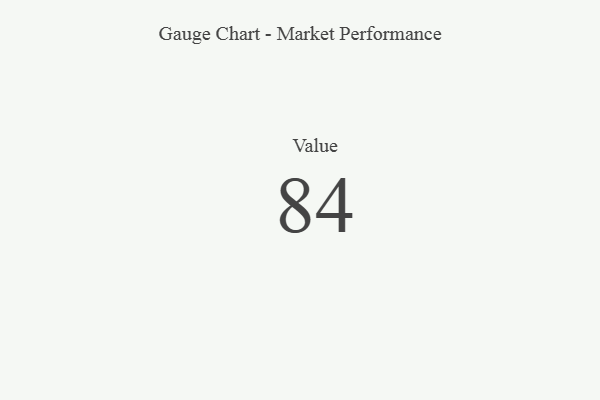
{"axis": {"x": "Metric", "y": "Value"}, "legend": [""], "data": [{"x": "Value", "y": 84, "type": ""}]}